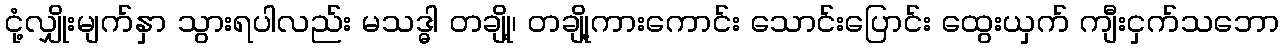
ငုံ့လျှိုးမျက်နှာ သွားရပါလည်း မသဒ္ဓါ တချို့၊ တချို့ကားကောင်း သောင်းပြောင်း ထွေးယှက် ကျီးငှက်သဘော